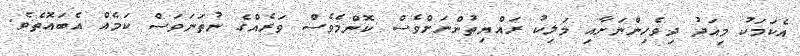
އެކަމަކު މިއަދު ދިވެހިންނަށާއި މަލިކު ރައްޔިތުންނަށްވެސް ކޮންމެވެސް ވަރެއްގެ ނުތަނަވަސް ކަމެއް އެބައޮތެވެ.